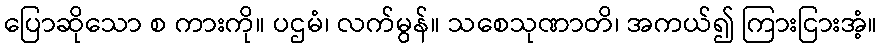
ပြောဆိုသော စ ကားကို။ ပဌမံ၊ လက်မွန်။ သစေသုဏာတိ၊ အကယ်၍ ကြားငြားအံ့။